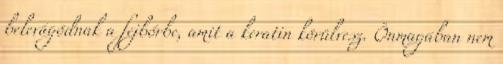
belevágódnak a fejbőrbe, amit a keratin körülvesz. Önmagában nem